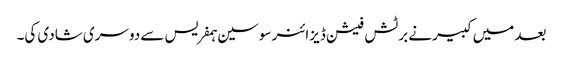
بعد میں کبیرنے برٹش فیشن ڈیزائنر سوسین ہمفریس سے دوسری شادی کی۔